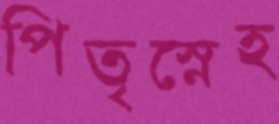
পিতৃস্নেহ